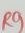
Text: R9